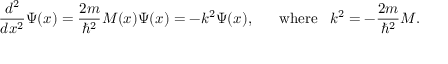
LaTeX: { \frac { d ^ { 2 } } { d x ^ { 2 } } } \Psi ( x ) = { \frac { 2 m } { \hbar ^ { 2 } } } M ( x ) \Psi ( x ) = - k ^ { 2 } \Psi ( x ) , \; \; \; \; \; \; \mathrm { w h e r e } \; \; \; k ^ { 2 } = - { \frac { 2 m } { \hbar ^ { 2 } } } M .